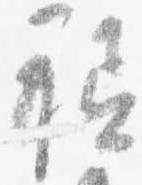
祗